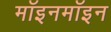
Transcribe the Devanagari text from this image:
मॉइनमॉइन